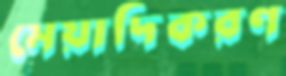
মেয়াদিকরণ